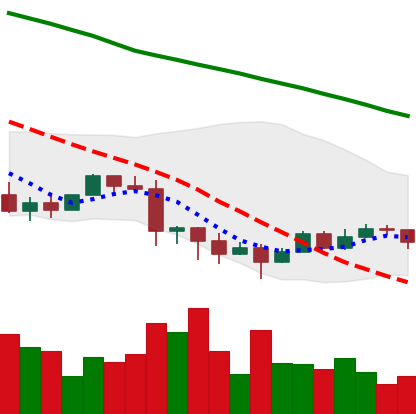
Ticker: EOS-USD
Chart end date: 2022-01-17
Forward return: -21.617%
Label: down_7plus